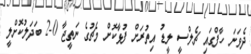
ދެވަނަ ހާފްގައި ޗެލްސީ ލީޑު އިތުރަށް ފުޅާކޮށް މެޗުގެ ނަތީޖާ 0-2 ބަދަލުކޮށްލީ